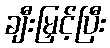
ချီးမြှင့်ပြီး